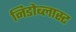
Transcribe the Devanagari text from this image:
निडोब्लास्ट